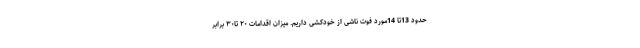
حدود 13تا 14مورد فوت ناشی از خودکشی داریم. میزان اقدامات ۲۰ تا۳۰ برابر